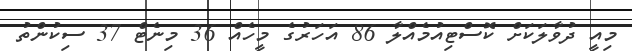
މިއީ ދުވާލަކަށް ކޮސްޓިއުމެއްލާ 86 އަހަރުގެ މީހެއް 36 މިނެޓް 37 ސިކުންތު